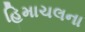
હિમાચલના